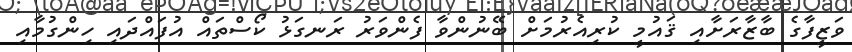
ވަޒީފާގެ ބާޒާރަށާއި ޤައުމީ ކުރިއެރުމަށް ބޭނުންވާ ފެންވަރު ރަނގަޅު ކޯސްތައް އުފައްދައި ހިންގުމާއި